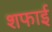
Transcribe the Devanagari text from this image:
शफाई